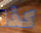
كذا